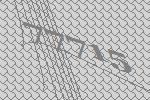
77715